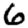
Digit: 6